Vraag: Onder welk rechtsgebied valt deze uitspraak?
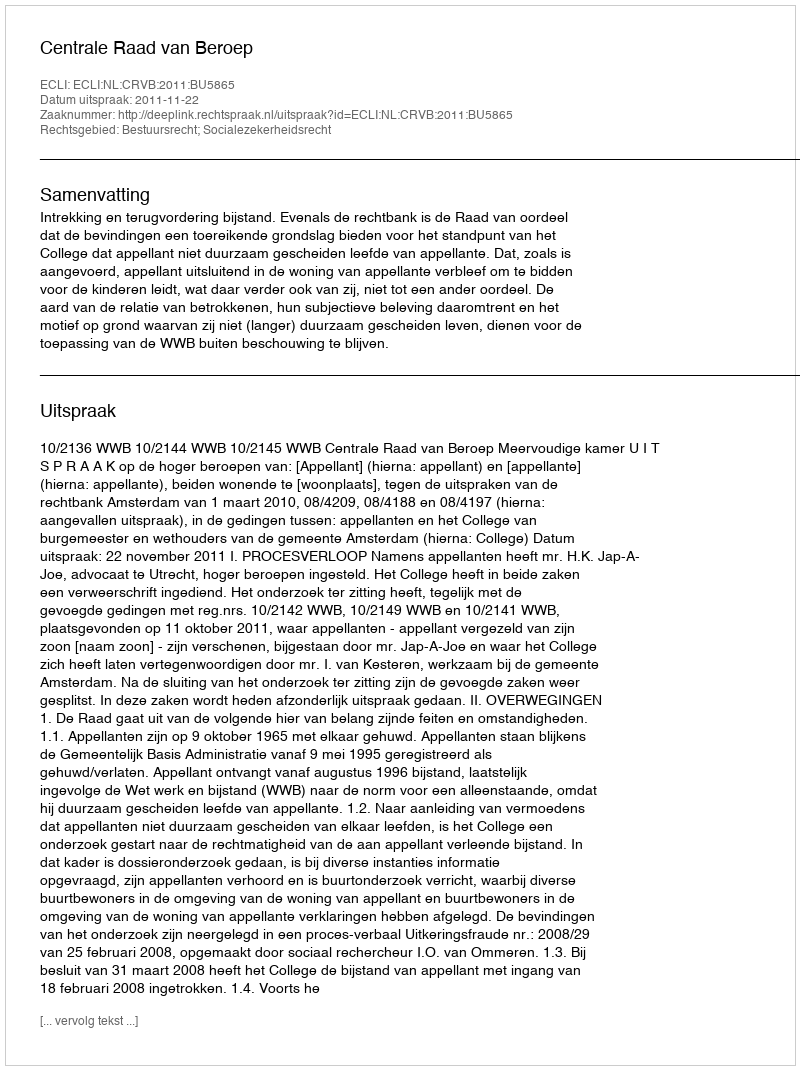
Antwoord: Bestuursrecht; Socialezekerheidsrecht